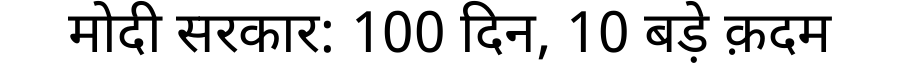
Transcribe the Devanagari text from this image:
मोदी सरकार: 100 दिन, 10 बड़े क़दम